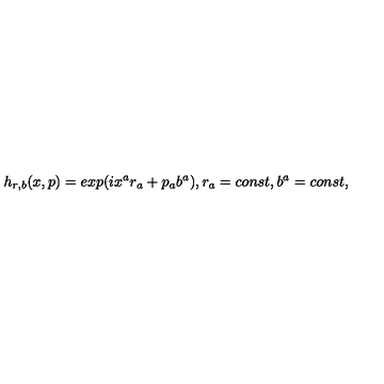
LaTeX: h _ { r , b } ( x , p ) = e x p ( i x ^ { a } r _ { a } + p _ { a } b ^ { a } ) , r _ { a } = c o n s t , b ^ { a } = c o n s t ,